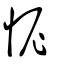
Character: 怩